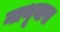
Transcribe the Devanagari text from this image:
नाथूवास